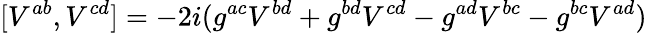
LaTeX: [V^{ab},V^{cd}]=-2i(g^{ac}V^{bd}+g^{bd}V^{cd}-g^{ad}V^{bc}-g^{bc}V^{ad})